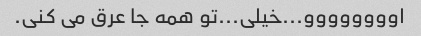
اوووووووو...خیلی...تو همه جا عرق می کنی.